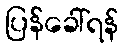
ပြန်ခေါ်ရန်